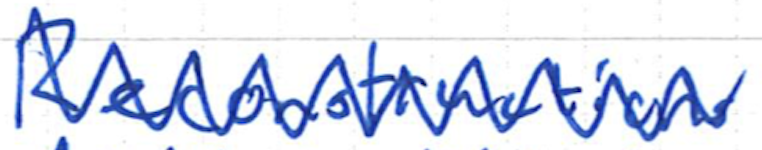
Text: Reconstructions
Cross-out: mix
Writing tool: ballpoint